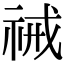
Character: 祴